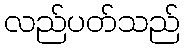
လည်ပတ်သည်